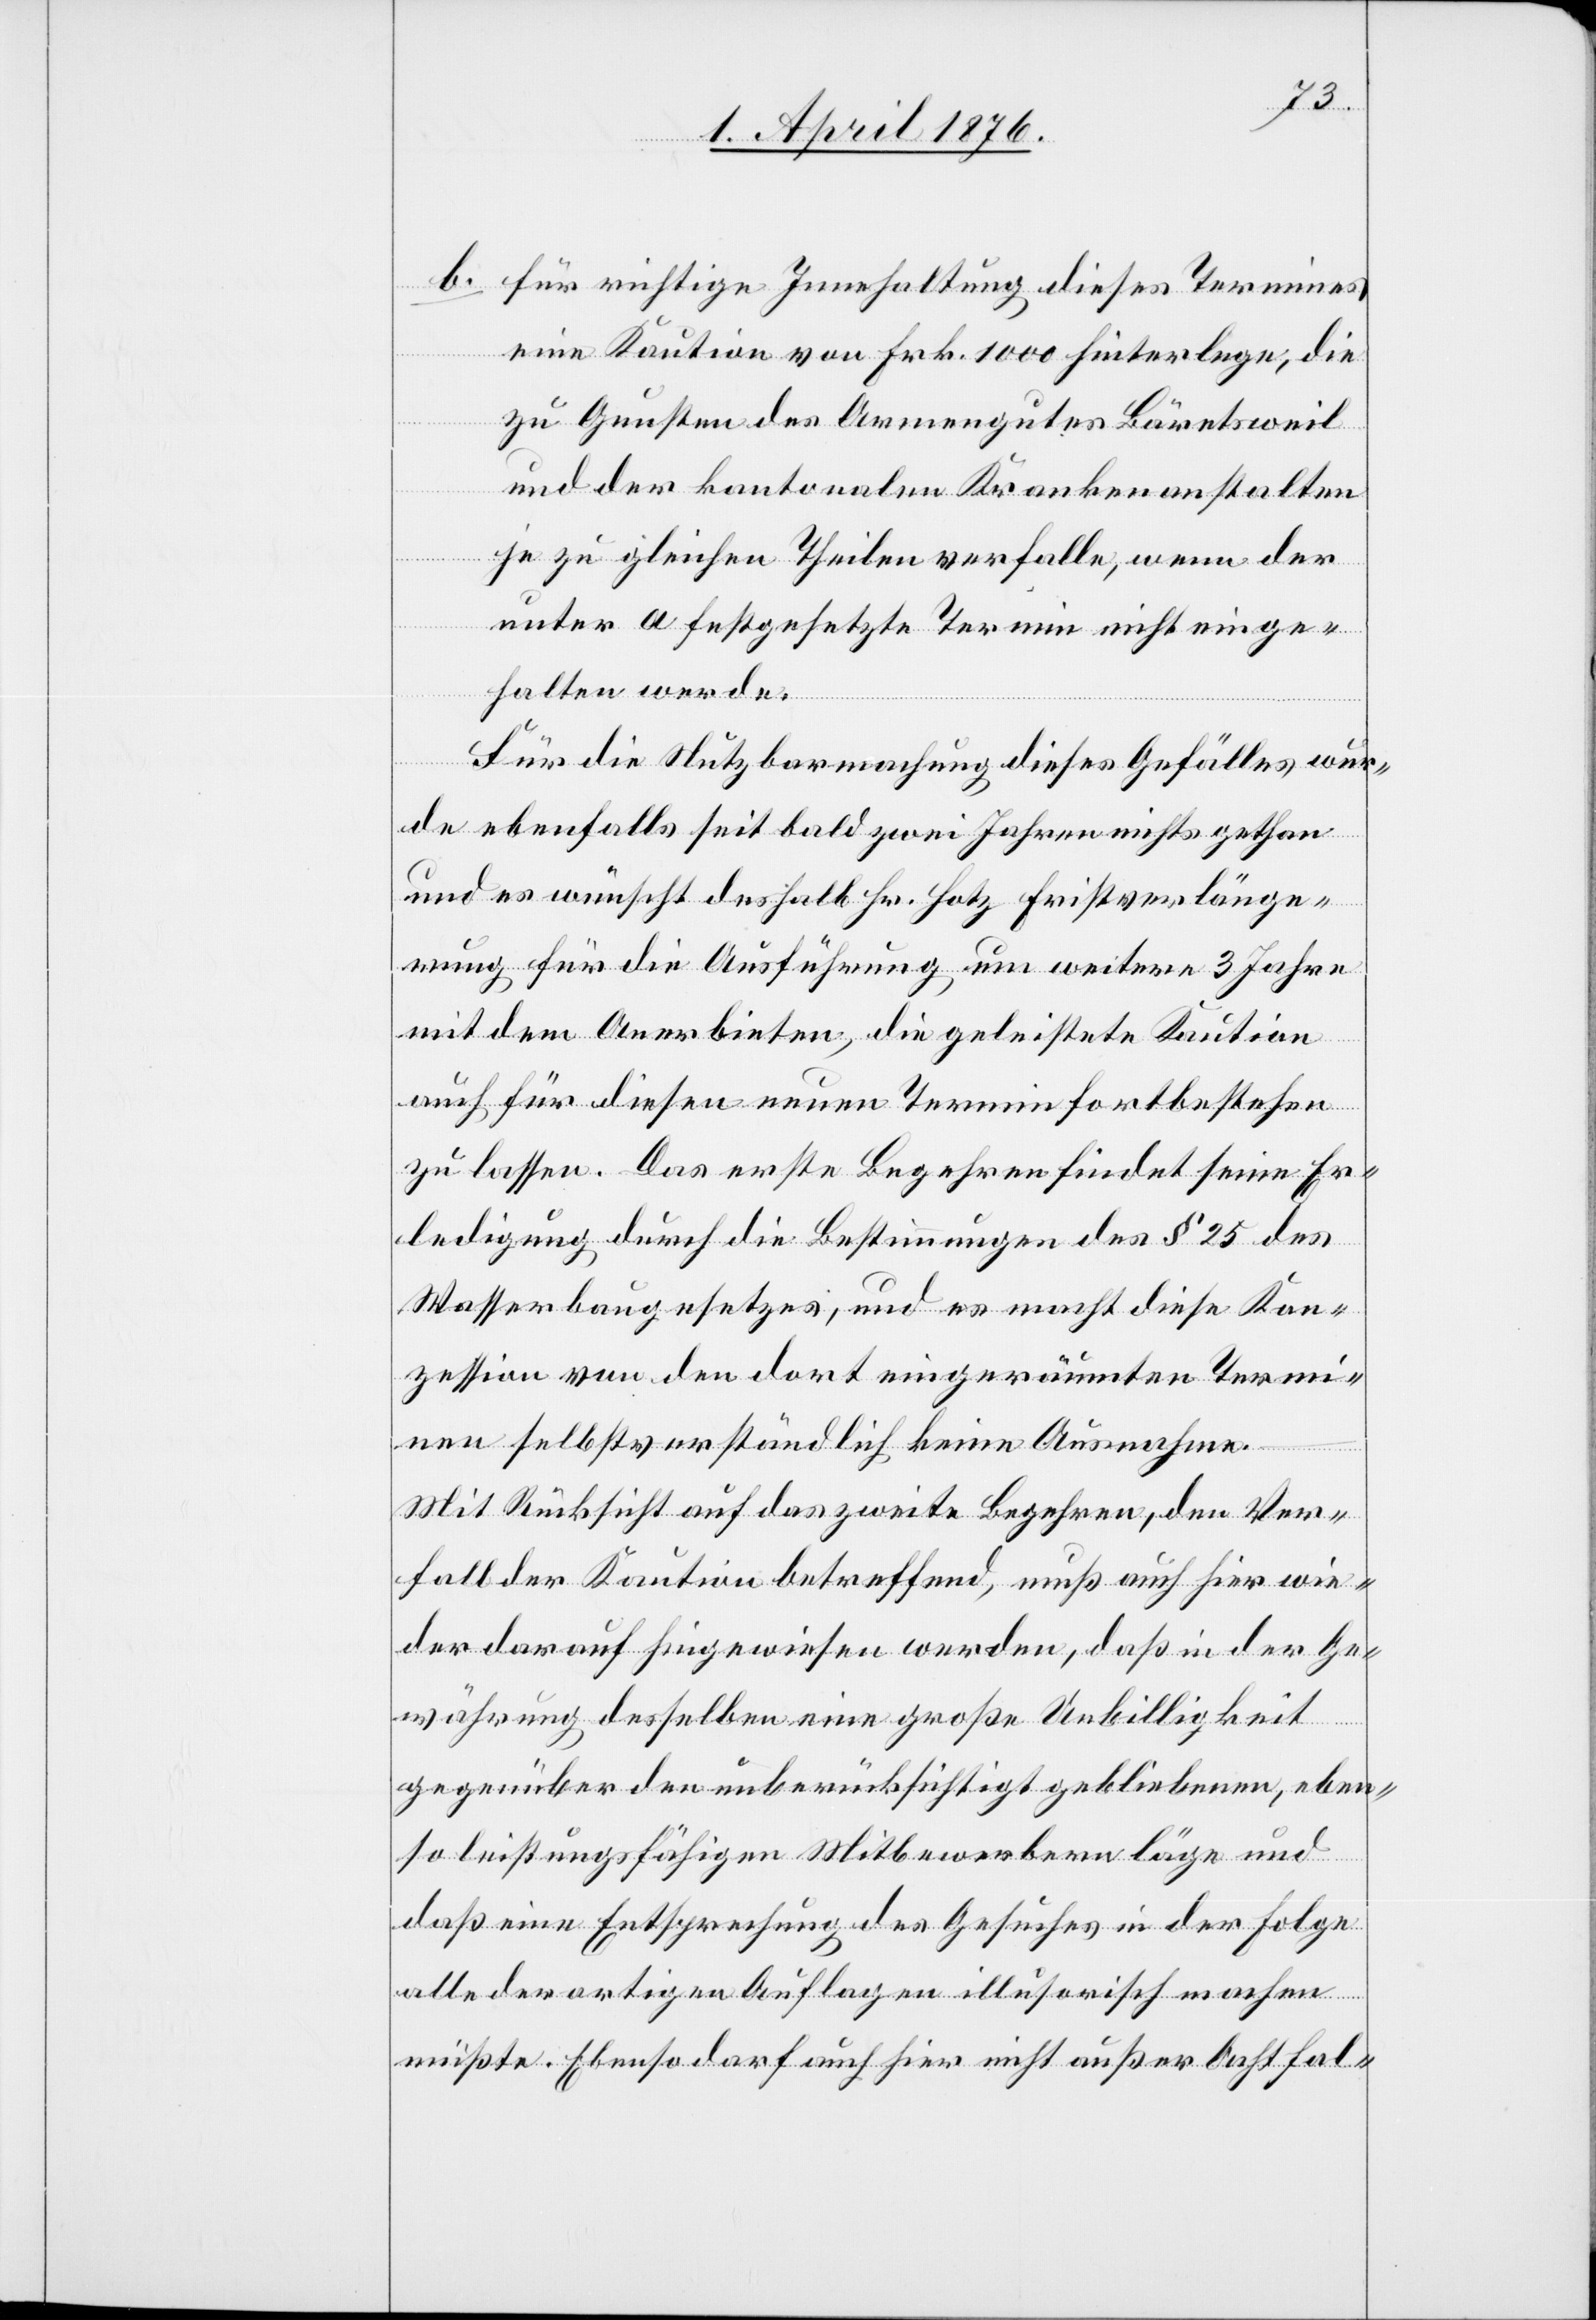
b. für richtige Innehaltung dieses Termines
eine Kaution von Frk. 1000 hinterlege, die
zu Gunsten des Armengutes Bäretsweil
und der kantonalen Krankenanstalten
je zu gleichen Theilen verfalle, wenn der
unter a festgesetzte Termin nicht einge¬
halten werde.
Für die Nutzbarmachung dieses Gefälles wur¬
de ebenfalls seit bald zwei Jahren nichts gethan
und es wünscht deshalb Hr. Hotz Fristverlänge¬
rung für die Ausführung um weitere 3 Jahre
mit dem Anerbieten, die geleistete Kaution
auch für diesen neuen Termin fortbestehen
zu lassen. Das erste Begehren findet seine Er¬
ledigung durch die Bestimmung des § 25 des
Wasserbaugesetzes, und es macht diese Kon¬
zession von den dort eingeräumten Termi¬
nen selbstverständlich keine Ausnahme.
Mit Rücksicht auf das zweite Begehren, den Ver¬
fall der Kaution betreffend, muß auch hier wie¬
der darauf hingewiesen werden, daß in der Ge¬
währung desselben eine große Unbilligkeit
gegenüber den unberücksichtigt gebliebenen, eben¬
so leistungsfähigen Mitbewerbern läge und
daß eine Entsprechung des Gesuches in der Folge
alle derartigen Auflagen illusorisch machen
müßte. Ebenso darf auch hier nicht außer Acht fal-